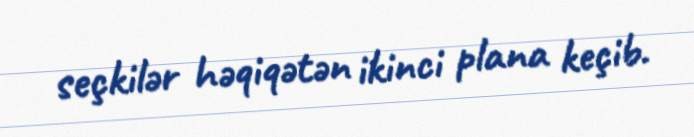
seçkilər həqiqətən ikinci plana keçib.